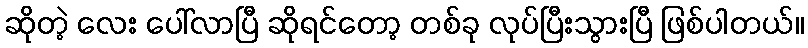
ဆိုတဲ့ လေး ပေါ်လာပြီ ဆိုရင်တော့ တစ်ခု လုပ်ပြီးသွားပြီ ဖြစ်ပါတယ်။